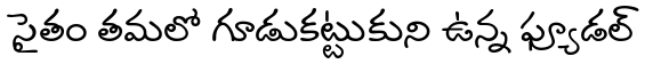
సైతం తమలో గూడుకట్టుకుని ఉన్న ఫ్యూడల్